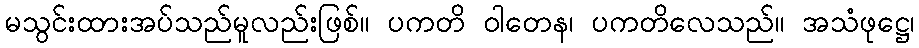
မသွင်းထားအပ်သည်မူလည်းဖြစ်။ ပကတိ ဝါတေန၊ ပကတိလေသည်။ အသံဖုဋ္ဌေ၊